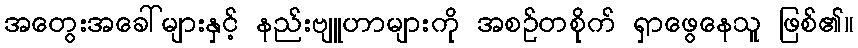
အတွေးအခေါ်များနှင့် နည်းဗျူဟာများကို အစဉ်တစိုက် ရှာဖွေနေသူ ဖြစ်၏။